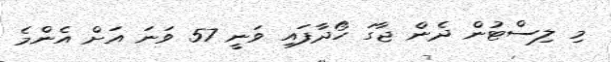
މި ލިސްޓުން ދެން ޖާގަ ހޯދާފައި ވަނީ 57 ވަނަ އަށް އެންމެ